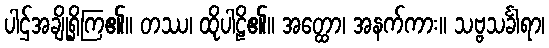
ပါဌ်အချို့ရှိကြ၏။ တဿ၊ ထိုပါဠိ၏။ အတ္ထော၊ အနက်ကား။ သဗ္ဗသင်္ခါရာ၊